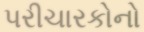
પરીચારકોનો